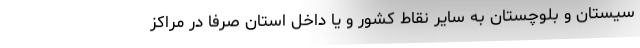
سیستان و بلوچستان به سایر نقاط کشور و یا داخل استان صرفا در مراکز